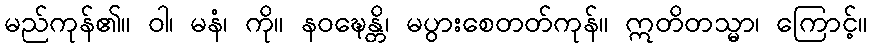
မည်ကုန်၏။ ဝါ၊ မနံ၊ ကို။ နဝဍ္ဎေန္တိ၊ မပွားစေတတ်ကုန်။ ဣတိတသ္မာ၊ ကြောင့်။